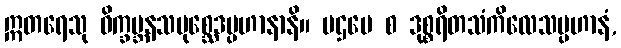
ဣတရေသု ဝိက္ခမ္ဘနသမုစ္ဆေဒပ္ပဟာနာနိ။ ပဌမေ စ ဒုစ္စရိတသံကိလေသပ္ပဟာနံ,